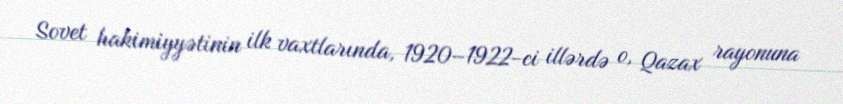
Sovet hakimiyyətinin ilk vaxtlarında, 1920–1922-ci illərdə o, Qazax rayonuna